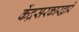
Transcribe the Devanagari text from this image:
केंद्रसरकारद्वारे